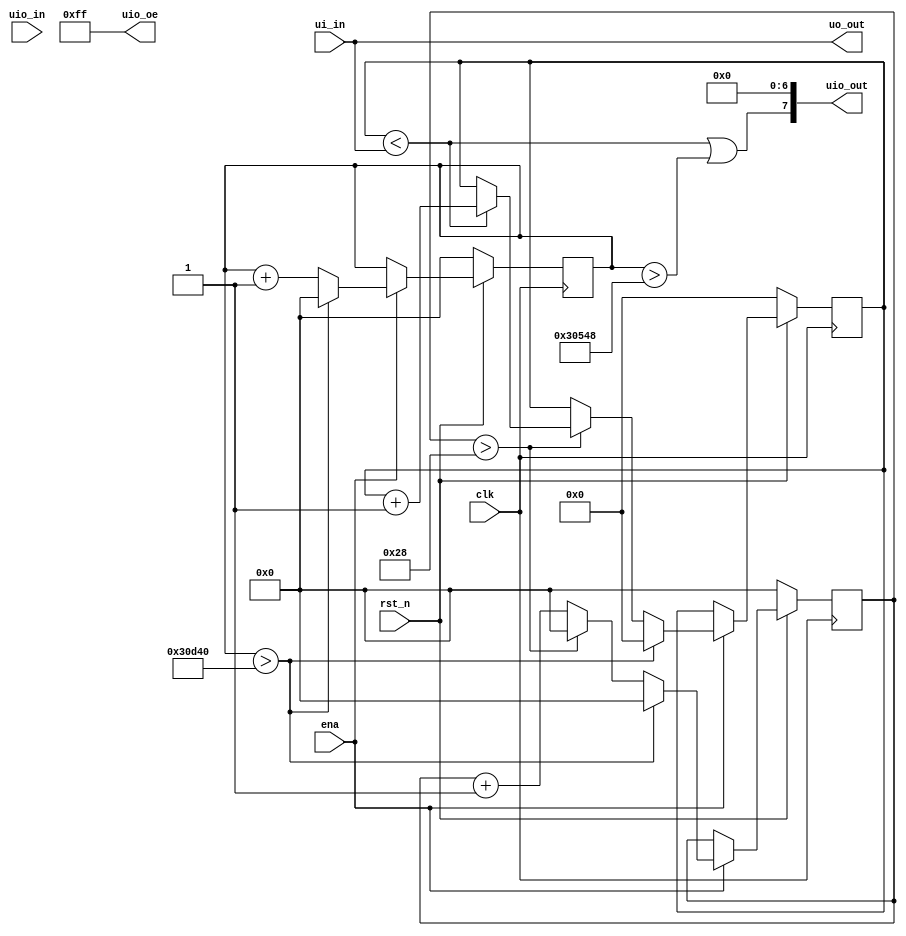
/*
 * Copyright (c) 2024 Your Name
 * SPDX-License-Identifier: Apache-2.0
 */

`define default_netname none

module tt_um_wuehr1999_servotester #( parameter MAX_COUNT = 200000, parameter MAX_SIG = 40, parameter DEC_BASE = 51 ) (
    input  wire [7:0] ui_in,    // Dedicated inputs
    output wire [7:0] uo_out,   // Dedicated outputs
    input  wire [7:0] uio_in,   // IOs: Input path
    output wire [7:0] uio_out,  // IOs: Output path
    output wire [7:0] uio_oe,   // IOs: Enable path (active high: 0=input, 1=output)
    input  wire       ena,      // will go high when the design is enabled
    input  wire       clk,      // clock
    input  wire       rst_n     // reset_n - low to reset
);

  wire reset = ! rst_n;
  
  reg [20 : 0] counter;
  reg [20 : 0] signal_counter;
  reg [7: 0] signal;
  assign uio_oe = 8'b11111111;
  assign uio_out[7] = signal < ui_in | counter > (MAX_COUNT - MAX_SIG * DEC_BASE);
  assign uio_out[6 : 0] = 0;
  assign uo_out = ui_in;

  always @(posedge clk) begin
    if(reset) begin
      counter <= 0;
      signal <= 0;
      signal_counter <= 0;
    end else if(ena) begin
      if(counter > MAX_COUNT) begin
          counter <= 0;
          signal <= 0;
          signal_counter <= 0;
      end else begin
        counter <= counter + 1;
        if(signal_counter > MAX_SIG) begin
          signal_counter <= 0;
          if(signal < ui_in) begin
            signal <= signal + 1;
          end
        end else begin
          signal_counter <= signal_counter + 1;
        end
      end
    end
  end
endmodule